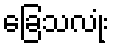
ခြေသလုံး